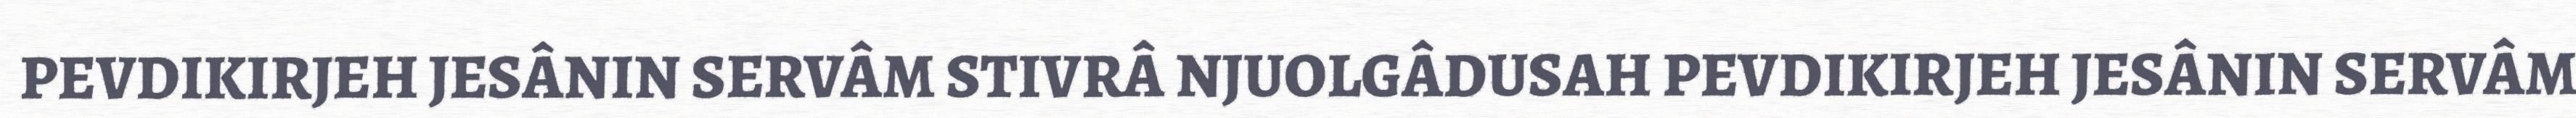
PEVDIKIRJEH JESÂNIN SERVÂM STIVRÂ NJUOLGÂDUSAH PEVDIKIRJEH JESÂNIN SERVÂM